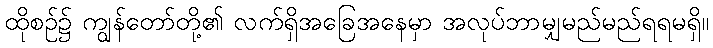
ထိုစဉ်၌ ကျွန်တော်တို့၏ လက်ရှိအခြေအနေမှာ အလုပ်ဘာမျှမည်မည်ရရမရှိ။